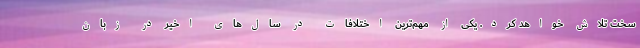
سخت تلاش خواهد کرد. یکی از مهم‌ترین اختلافات در سال‌های اخیر در زبان